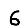
Digit: 6